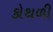
કોથળી